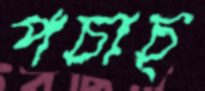
পচাচ্